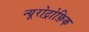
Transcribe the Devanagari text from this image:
न्यूरोट्रोफ़िक